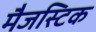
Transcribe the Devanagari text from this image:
मैजस्टिक